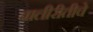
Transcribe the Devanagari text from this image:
चालीरीतीचे